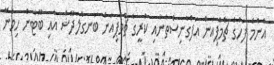
އެންމެ ފަހުގެ ޗެމްޕިއަން އަފްގާނިސްތާނާއި ކުރީގެ ޗެމްޕިއަން ބަނގްލަދޭޝް އާއި ބޫޓާން ހިމެނޭ